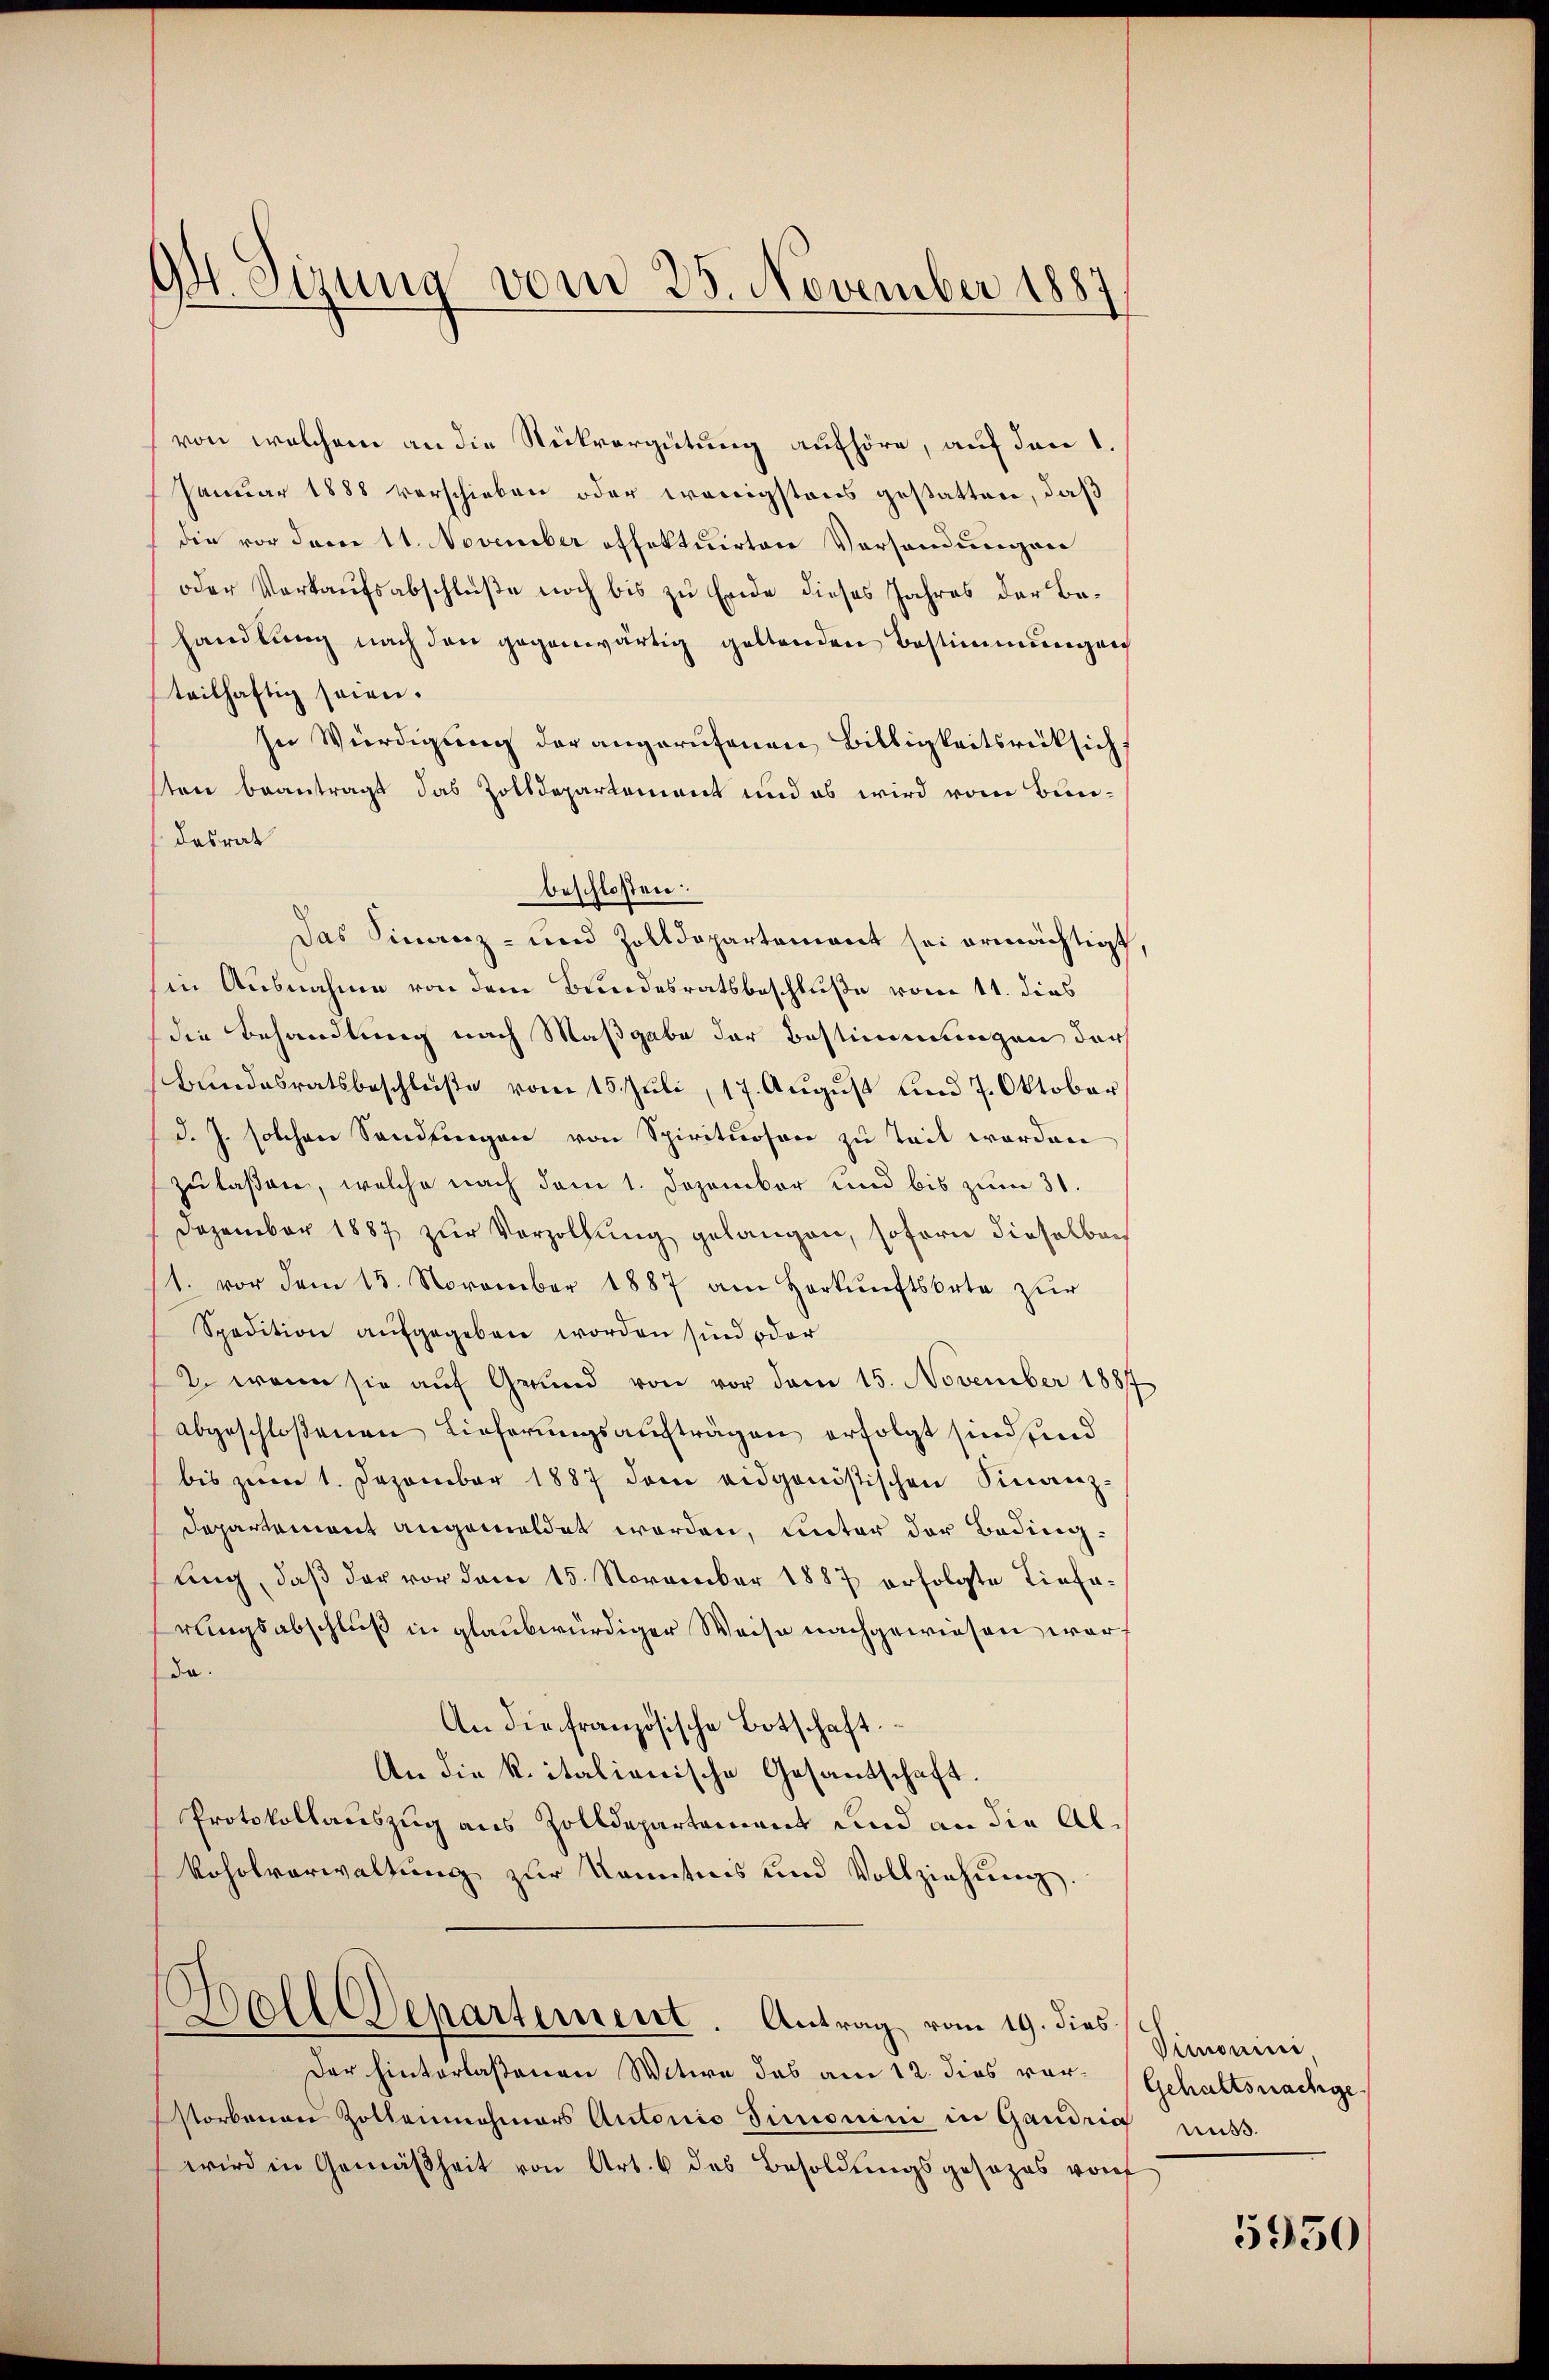
D Sizung vom 25. November 1887

von welchem an die Rückvergütung aufhöre, auf den 1.
Januar 1888 verschieben oder wenigstens gestatten, daß
die vor dem 11. November offektuirten Versandungen
oder Verkaufsabschlüße noch bis zu Ende dieses Jahres der Behandlung nach den gegenwärtig geltenden Bestimmungen
teilhaftig seien.
In Würdigung der angerufenen Billigkeitsrücksicht
sten beantragt das Zolldepartement und es wird vom Bundesrat
in Ausnahme von dem Bundesratsbeschluße vom 11. dies
die Behandlung nach Maßgabe der Bestimmungen der
Bundesratsbeschluße vom 15. Juli, 17. August und 7. Oktober
d. J. solchen Sandlungen von Spirituosen zu Teil worden
zu laßen, welche nach dem 1. Dezember und bis zum 31.
Dezember 1887 zur Verzöllung gelangen, sofern dieselben
/1. vor dem 15. November 1887 am Herkŭnftsorte zur
Spedition aufgegeben worden sind oder
2. wenn sie auf Grund von vor dem 15. November 1887
abgeschloßenen Lieferungsaufträgen erfolgt sind, und
bis zum 1. Dezember 1887 dem eidgenöstischen Sinorenz-
Departement angemeldet worden, unter der Bedingung, daß der vor dem 15. November 1887 erfolgte Tiefa-
rungsabschluß in glaubwürdiger Weise nachgewiesen war,
da.
An die französische Botschaft.
An die k. italienische Gesantschaft.
Protokollauszug aus Zolldepartement und an die Al¬
Roholverwaltung zur Kenntnis und Vollziehung.

beschlossen:
Das Finanz- und Zolldepartement sei ermächtigt

S
Ball Departement. Antrag vom 19. dies

Der hinterlaßenen Witwe das am 12. dies vorstorbenen Zollenmahmors Autorio Simonini in Gandrig aus-
wird in Gemäßheit von Art. 6 des Besoldungsgesezes vorf

Vimonini.
Gehaltsnachge

5950